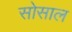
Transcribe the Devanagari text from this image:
सोसाल